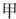
甲